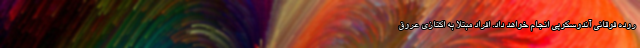
روده فوقانی آندوسکوپی انجام خواهد داد. افراد مبتلا به اکتازی عروق